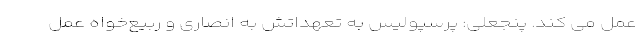
عمل می کند. پنجعلی: پرسپولیس به تعهداتش به انصاری و ربیع‌خواه عمل